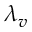
\lambda _ { v }